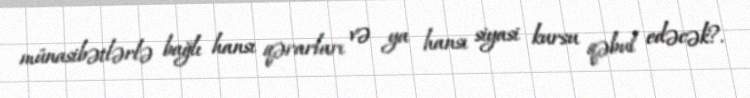
münasibətlərlə bağlı hansı qərarları və ya hansı siyasi kursu qəbul edəcək?.